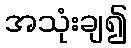
အသုံးချ၍